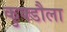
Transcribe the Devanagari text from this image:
कुक्डौला